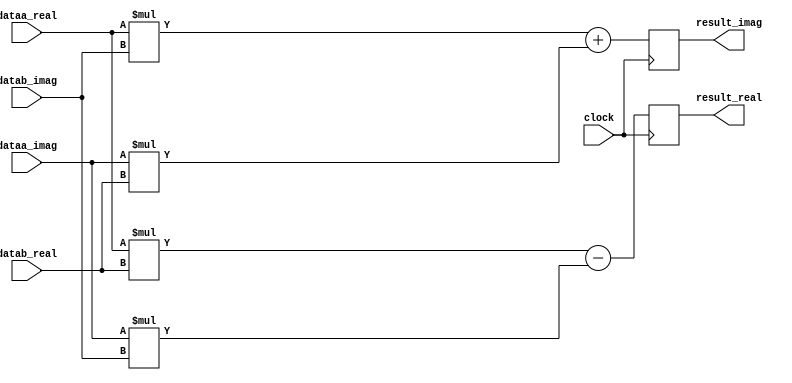
module cmpl_mult #( 
	parameter REAL_WIDTH  = 18,
	parameter IMGN_WIDTH  = 18,
	localparam CPLX_WIDTH = REAL_WIDTH + IMGN_WIDTH
) (
	input	                  clock,
	input	[REAL_WIDTH-1:0]  dataa_real,
	input	[IMGN_WIDTH-1:0]  dataa_imag,
	input	[REAL_WIDTH-1:0]  datab_real,
	input	[IMGN_WIDTH-1:0]  datab_imag,
	output	[CPLX_WIDTH-1:0]  result_real,
	output	[CPLX_WIDTH-1:0]  result_imag
);


reg signed [CPLX_WIDTH-1:0] outr = 0;
reg signed [CPLX_WIDTH-1:0] outi = 0;
always@(posedge clock) begin
	outr <= $signed(dataa_real) * $signed(datab_real) - $signed(dataa_imag) * $signed(datab_imag); 
	outi <= $signed(dataa_real) * $signed(datab_imag) + $signed(dataa_imag) * $signed(datab_real); 
end

assign result_imag = outi;
assign result_real = outr;

endmodule